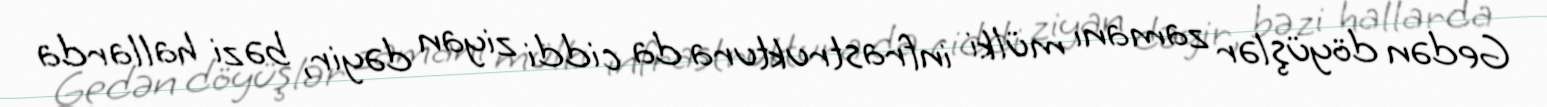
Gedən döyüşlər zamanı mülki infrastruktura da ciddi ziyan dəyir, bəzi hallarda